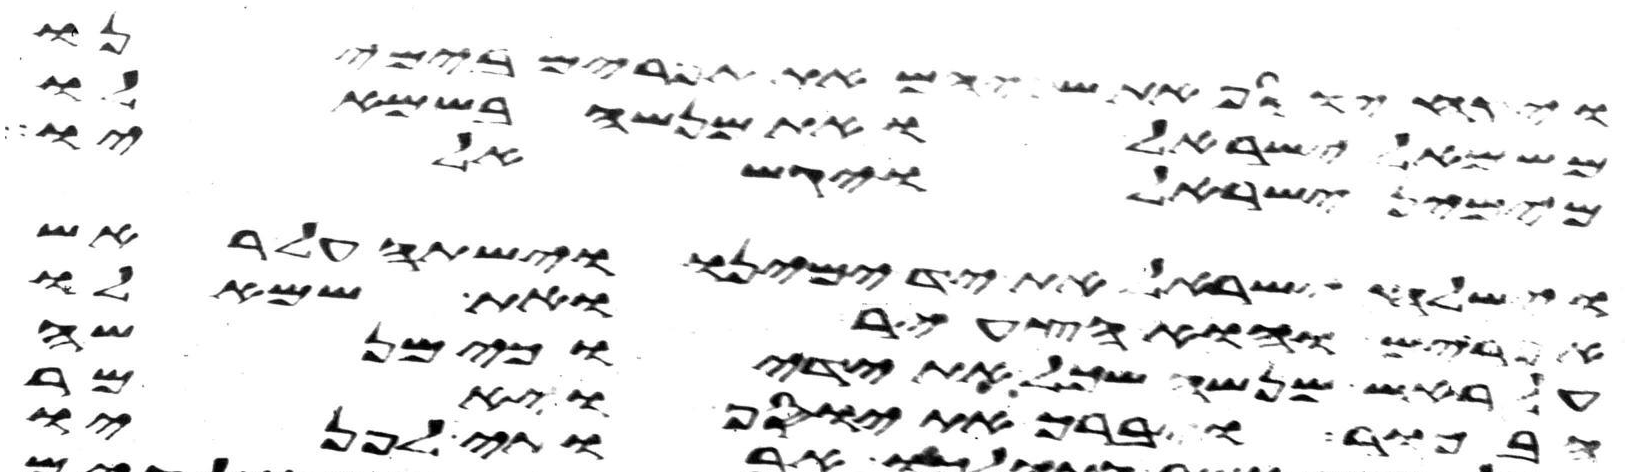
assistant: ויקח יוסף את שניהם את אפרים בימינו
משמאל ישראל ואת מנשה בשמאלו
מימין ישראל ויגש אליו
וישלח ישראל את יד ימינו וישתה על ראש
אפרים והוא הצעיר ואת שמאלו
על ראש מנשה שכל את ידיו כי מנשה
הבכור ויברך את יוסף ויאמר